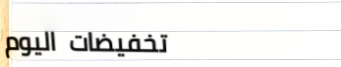
تخفيضات اليوم